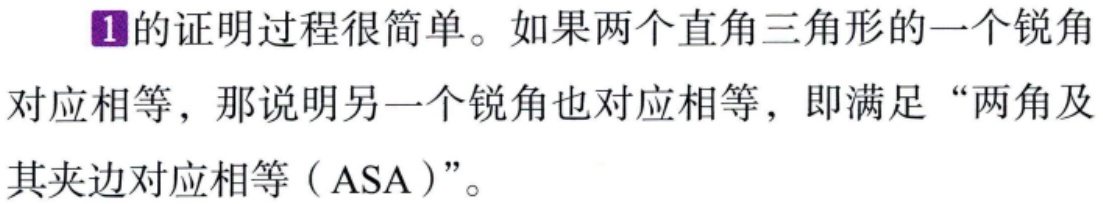
\textcircled{1}的证明过程很简单。如果两个直角三角形的一个锐角对应相等，那说明另一个锐角也对应相等，即满足“两角及其夹边对应相等（ASA）”。